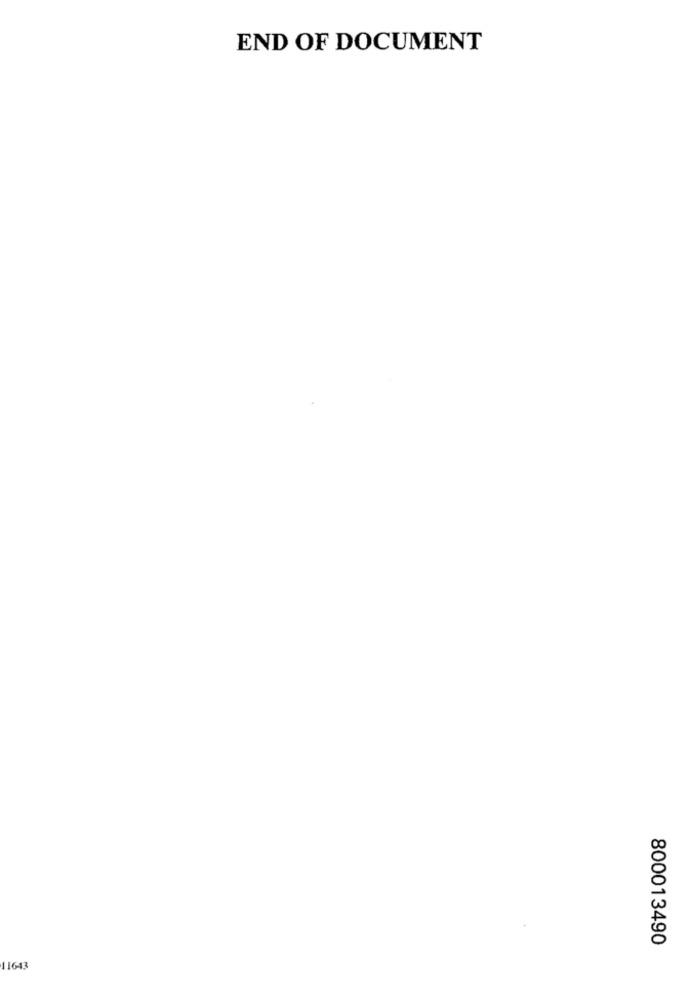
END OF DOCUMENT
800013490
11643